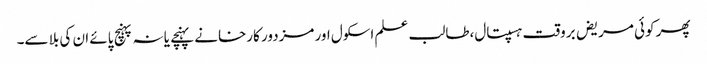
پھر کوئی مریض بروقت ہسپتال،طالب علم اسکول اور مزدور کارخانے پہنچے یا نہ پہنچ پائے ان کی بلا سے۔